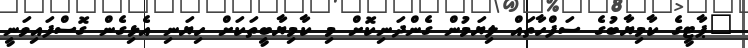
"ޕާޓީގެ ކާމިޔާބުގެ ސަފްހާތައް ލިޔަމުން ގެންދަނިކޮށް މި ކާމިޔާބީތަކަށް ހިޔަނި އެޅިގެން ގޮސްފައިވަނީ